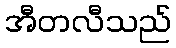
အီတလီသည်